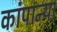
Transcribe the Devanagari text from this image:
कांपान्या